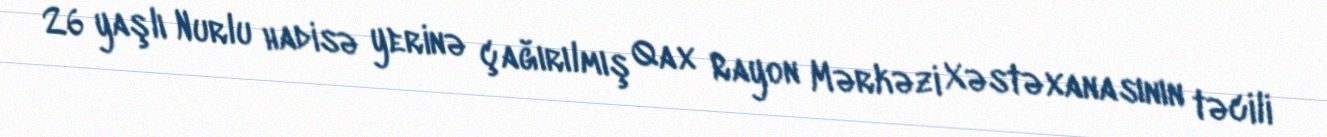
26 yaşlı Nurlu hadisə yerinə çağırılmış Qax Rayon Mərkəzi Xəstəxanasının təcili